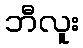
ဘီလူး